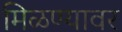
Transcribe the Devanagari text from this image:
मिळण्यावर